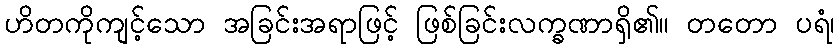
ဟိတကိုကျင့်သော အခြင်းအရာဖြင့် ဖြစ်ခြင်းလက္ခဏာရှိ၏။ တတော ပရံ၊